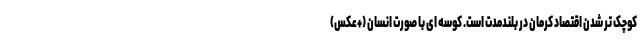
کوچک تر شدن اقتصاد کرمان در بلندمدت است. کوسه ای با صورت انسان (+عکس)